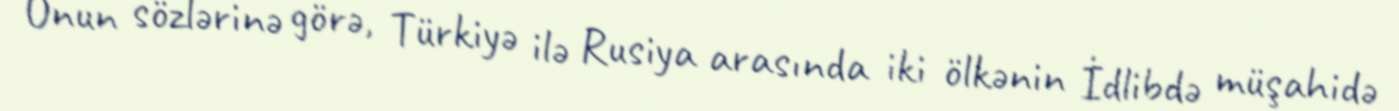
Onun sözlərinə görə, Türkiyə ilə Rusiya arasında iki ölkənin İdlibdə müşahidə